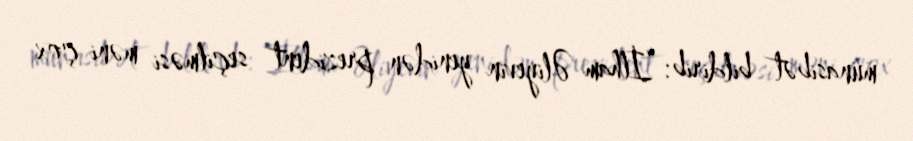
münasibət bildirib: “İlham Əliyevin yenidən prezident seçilməsi məni çox